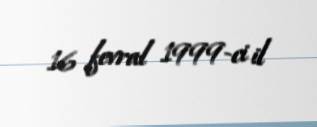
16 fevral 1999-ci il